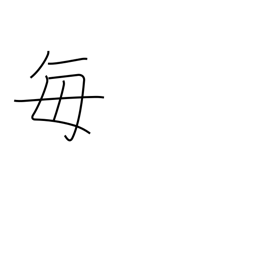
Meaning: every